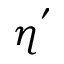
\eta ^ { ' }